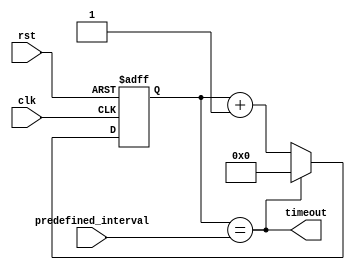
module IntervalTimer(
    input wire clk,
    input wire rst,
    input wire [31:0] predefined_interval,
    output wire timeout
);

reg [31:0] counter = 0;
wire compare_result;

assign compare_result = (counter == predefined_interval);
assign timeout = compare_result;

always @(posedge clk or posedge rst) begin
    if (rst) begin
        counter <= 0;
    end else begin
        if (compare_result) begin
            counter <= 0;
        end else begin
            counter <= counter + 1;
        end
    end
end

endmodule